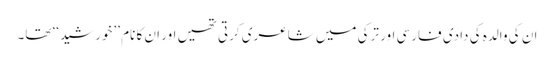
ان کی والدہ کی دادی فارسی اور ترکی میں شاعری کرتی تھیں اور ان کا نام ’’خورشید‘‘ تھا۔